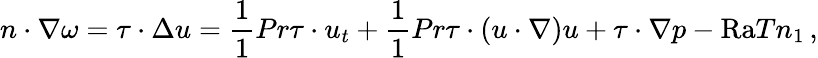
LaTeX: n\cdot\nabla\omega=\tau\cdot\Delta u=\frac{1}{1}{{Pr}}\tau\cdot u_{t}+\frac{1}{1}{{Pr}}\tau\cdot(u\cdot\nabla)u+\tau\cdot\nabla p-\mathrm{{Ra}}Tn_{1}\, ,